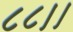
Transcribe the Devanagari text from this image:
८८।।